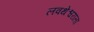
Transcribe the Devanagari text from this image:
लवथेश्वराला